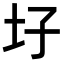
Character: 𡉗